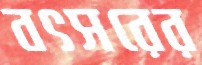
বৎসরের